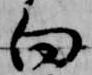
向